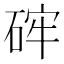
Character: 𥒪